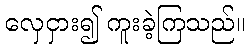
လှေငှား၍ ကူးခဲ့ကြသည်။